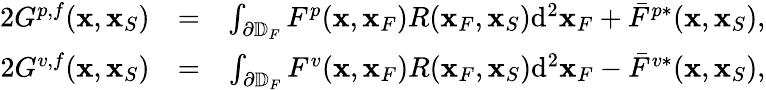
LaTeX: \begin{array}{rlr}{2G^{p,f}({\mathbf x},{\mathbf x}_{S})}&{=}&{\int_{\partial\mathbb{D}_{F}}F^{p}({\mathbf x},{\mathbf x}_{F})R({\mathbf x}_{F},{\mathbf x}_{S})\mathrm{d}^{2}{\mathbf x}_{F}+\bar{F}^{p*}({\mathbf x},{\mathbf x}_{S}),}\\ {2G^{v,f}({\mathbf x},{\mathbf x}_{S})}&{=}&{\int_{\partial\mathbb{D}_{F}}F^{v}({\mathbf x},{\mathbf x}_{F})R({\mathbf x}_{F},{\mathbf x}_{S})\mathrm{d}^{2}{\mathbf x}_{F}-\bar{F}^{v*}({\mathbf x},{\mathbf x}_{S}),}\end{array}